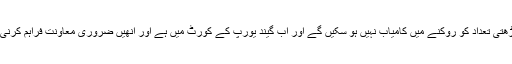
ہم اس بڑھتی تعداد کو روکنے میں کامیاب نہیں ہو سکیں گے اور اب گیند یورپ کے کورٹ میں ہے اور انھیں ضروری معاونت فراہم کرنی چاہیے۔